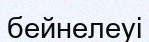
бейнелеуі